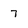
Character: 7